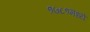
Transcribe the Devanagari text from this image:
१७८१मध्ये